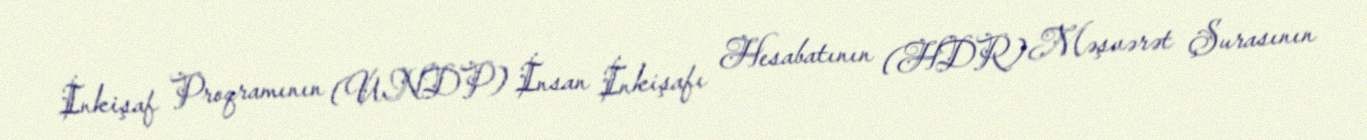
İnkişaf Proqramının (UNDP) İnsan İnkişafı Hesabatının (HDR) Məşvərət Şurasının